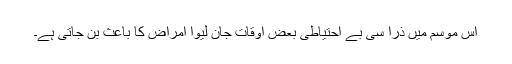
اس موسم میں ذرا سی بے احتیاطی بعض اوقات جان لیوا امراض کا باعث بن جاتی ہے۔